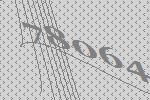
78064